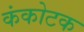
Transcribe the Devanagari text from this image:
कंकोटक